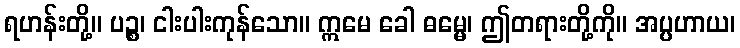
ရဟန်းတို့။ ပဉ္စ၊ ငါးပါးကုန်သော။ ဣမေ ခေါ ဓမ္မေ၊ ဤတရားတို့ကို။ အပ္ပဟာယ၊